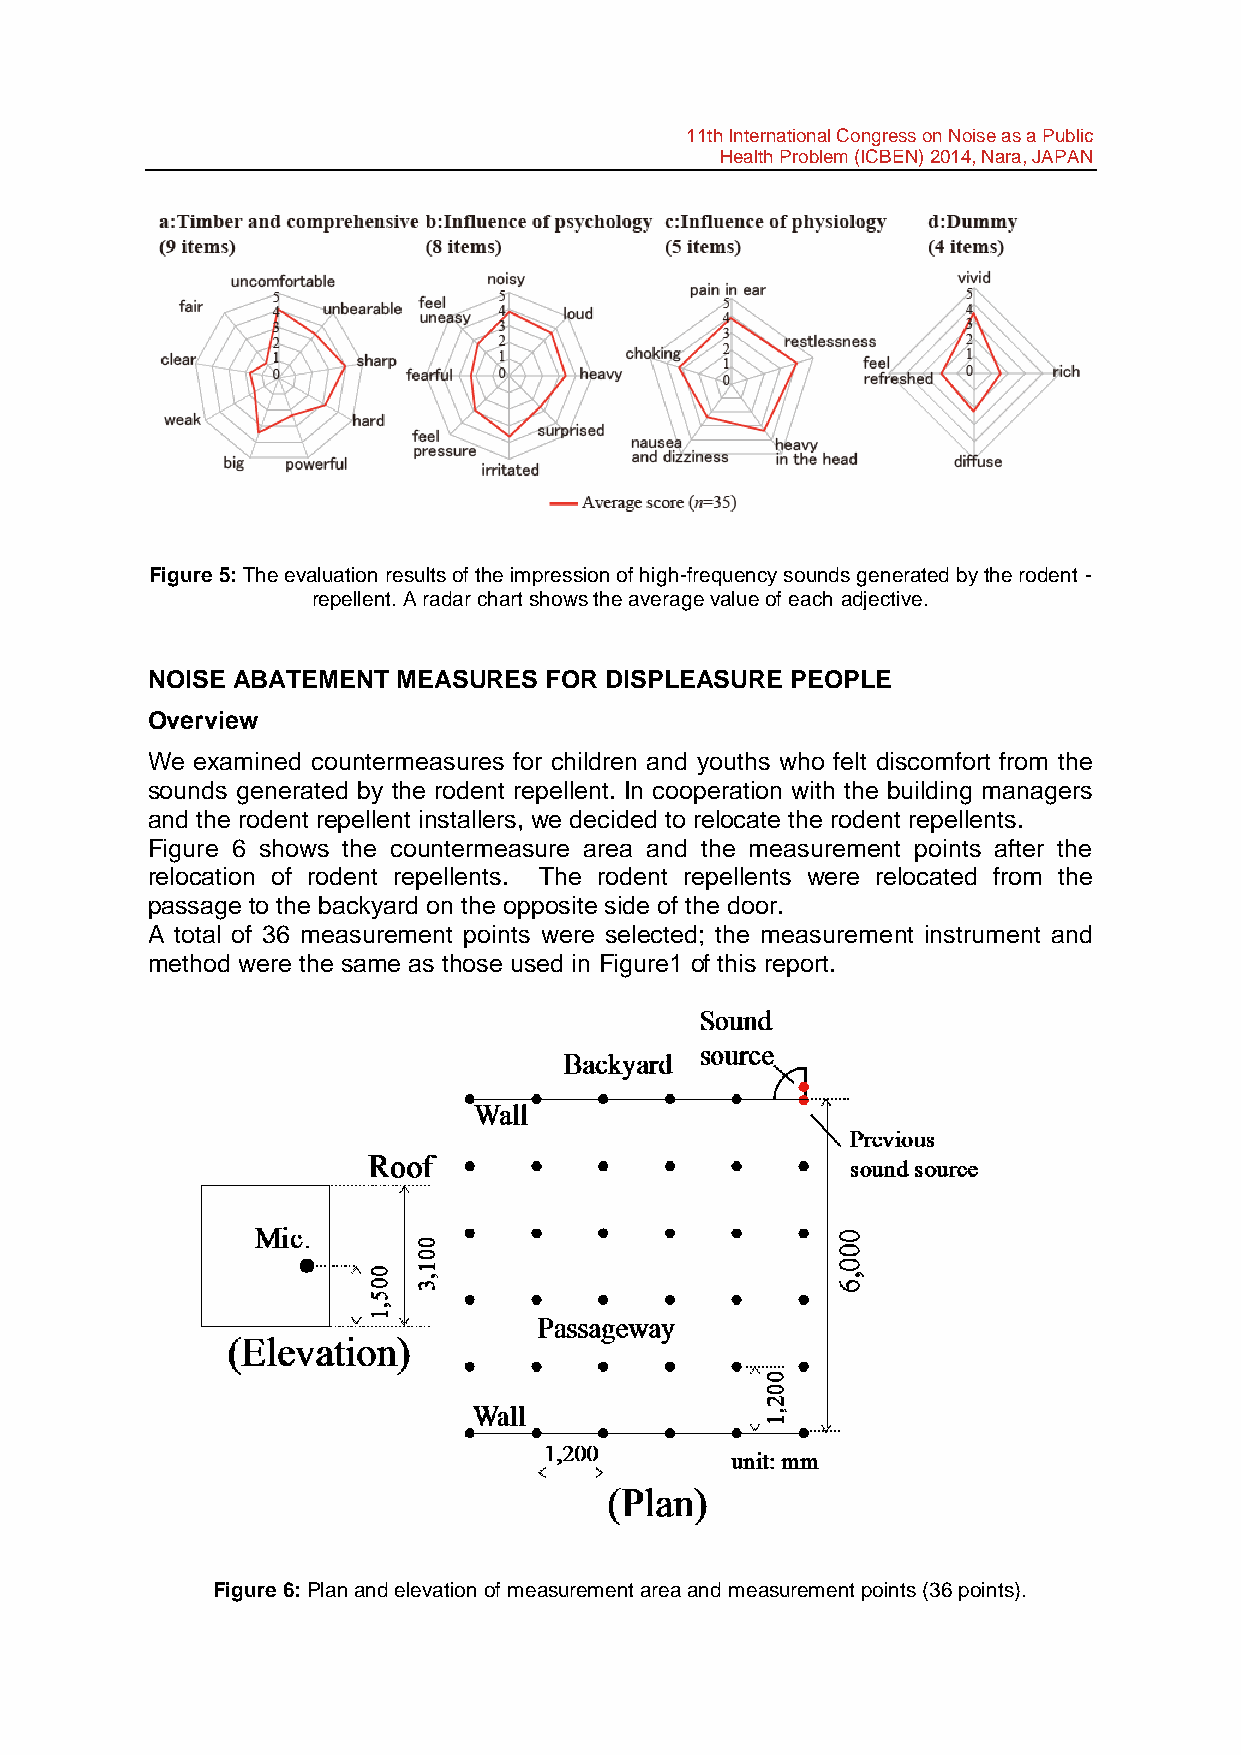
11th International Congress on Noise as a Public
 Health Problem (ICBEN) 2014, Nara, JAPAN
 Figure 5: The evaluation results of the impression of high-frequency sounds generated by the rodent -
 repellent. A radar chart shows the average value of each adjective.
 NOISE ABATEMENT MEASURES  FOR DISPLEASURE PEOPLE
 Overview
 We examined countermeasures for children and youths who felt discomfort from the
 sounds generated by the rodent repellent. In cooperation with the building managers
 and the rodent repellent installers, we decided to relocate the rodent repellents.
 Figure 6 shows the countermeasure area and the measurement points after the
 relocation of rodent repellents. The rodent repellents were relocated from the
 passage to the backyard on the opposite side of the door.
 A total of 36 measurement points were selected; the measurement instrument and
 method were the same as those used in Figure1 of this report.
 Figure 6: Plan and elevation of measurement area and measurement points (36 points).